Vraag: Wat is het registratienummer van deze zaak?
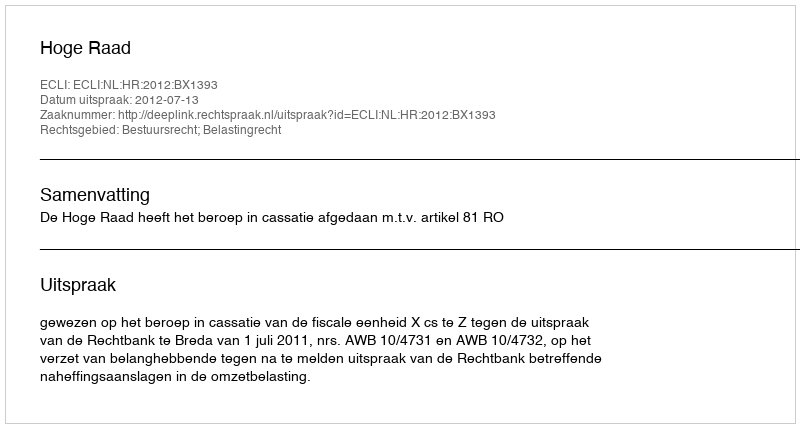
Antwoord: http://deeplink.rechtspraak.nl/uitspraak?id=ECLI:NL:HR:2012:BX1393